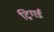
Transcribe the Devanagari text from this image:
ट्रिगर्ड